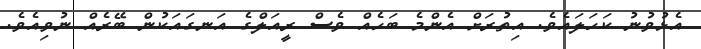
އެޅުވުނު ކަހަލައެވެ. އިތުރަށް އެންމެ ބަހެއް ވެސް ރީއަލްގެ އަނގައަކުން ބޭރެއް ނުވިއެވެ.